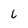
Character: 6